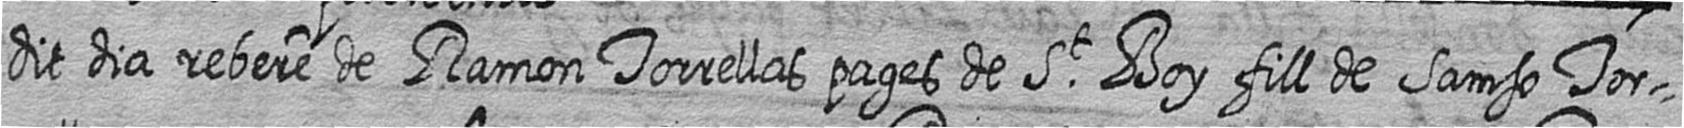
dit dia rebere de Ramon Torrellas pages de St Boy fill de Samso Tor=